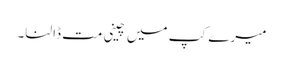
میرے کپ میں چینی مت ڈالنا۔